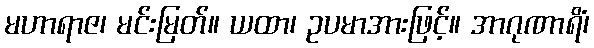
မဟာရာဇ၊ မင်းမြတ်။ ယထာ၊ ဥပမာအားဖြင့်။ အာဂုဏာရိံ၊